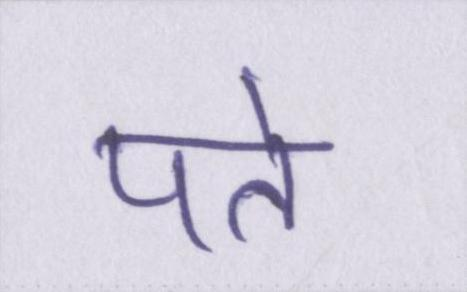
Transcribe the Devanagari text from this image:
पते